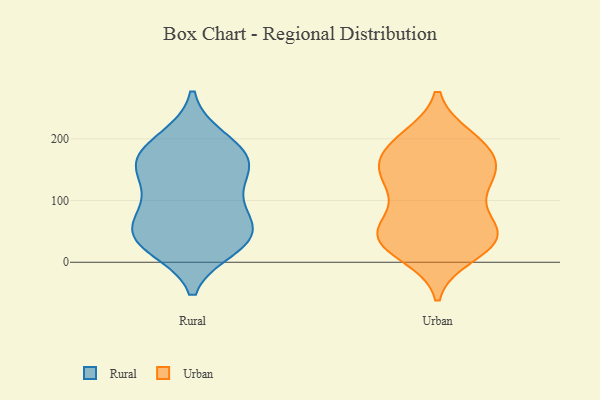
{"axis": {"x": "Inventory Turnover", "y": "Value"}, "legend": ["Rural", "Urban"], "data": [{"x": "", "y": 72, "type": "Rural"}, {"x": "", "y": 40, "type": "Rural"}, {"x": "", "y": 102, "type": "Rural"}, {"x": "", "y": 27, "type": "Rural"}, {"x": "", "y": 24, "type": "Rural"}, {"x": "", "y": 98, "type": "Rural"}, {"x": "", "y": 153, "type": "Rural"}, {"x": "", "y": 151, "type": "Rural"}, {"x": "", "y": 161, "type": "Rural"}, {"x": "", "y": 194, "type": "Rural"}, {"x": "", "y": 170, "type": "Rural"}, {"x": "", "y": 48, "type": "Rural"}, {"x": "", "y": 58, "type": "Rural"}, {"x": "", "y": 200, "type": "Rural"}, {"x": "", "y": 37, "type": "Rural"}, {"x": "", "y": 155, "type": "Rural"}, {"x": "", "y": 131, "type": "Urban"}, {"x": "", "y": 200, "type": "Urban"}, {"x": "", "y": 35, "type": "Urban"}, {"x": "", "y": 146, "type": "Urban"}, {"x": "", "y": 190, "type": "Urban"}, {"x": "", "y": 73, "type": "Urban"}, {"x": "", "y": 32, "type": "Urban"}, {"x": "", "y": 44, "type": "Urban"}, {"x": "", "y": 53, "type": "Urban"}, {"x": "", "y": 145, "type": "Urban"}, {"x": "", "y": 143, "type": "Urban"}, {"x": "", "y": 169, "type": "Urban"}, {"x": "", "y": 14, "type": "Urban"}, {"x": "", "y": 187, "type": "Urban"}, {"x": "", "y": 196, "type": "Urban"}, {"x": "", "y": 46, "type": "Urban"}, {"x": "", "y": 32, "type": "Urban"}, {"x": "", "y": 42, "type": "Urban"}, {"x": "", "y": 105, "type": "Urban"}, {"x": "", "y": 140, "type": "Urban"}]}